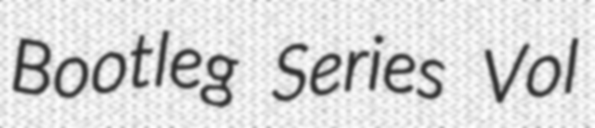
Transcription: Bootleg Series Vol